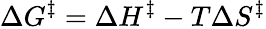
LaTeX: \Delta G^{\ddagger}=\Delta H^{\ddagger}-T\Delta S^{\ddagger}